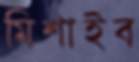
মিশাইব